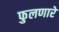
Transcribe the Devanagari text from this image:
फुलणारे